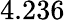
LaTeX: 4.236